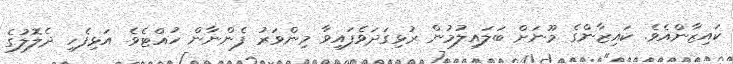
ކައިޒާންއެވެ. ކައިޒާންގެ މޫނަށް ބަލައިލުމުން ރުޅިގަދަވެފައިވާ މިންވަރު ފެންނާން ހުއްޓެވެ. އަޅިފެހި ދެލޮލުގެ